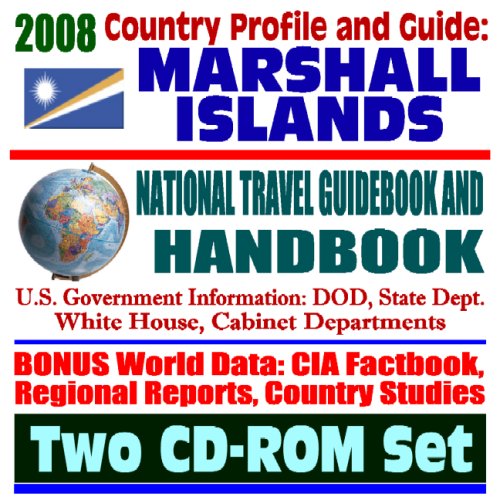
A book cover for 2008 Country Profile and Guide to the Marshall Islands- National Travel Guidebook and Handbook - Nuclear Testing, the Bikini Atoll, Kwajalein Atoll, ... Test Facility, World War II (Two CD-ROM Set); U.S. Government; Travel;